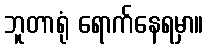
ဘူတာရုံ ရောက်နေရမှာ။